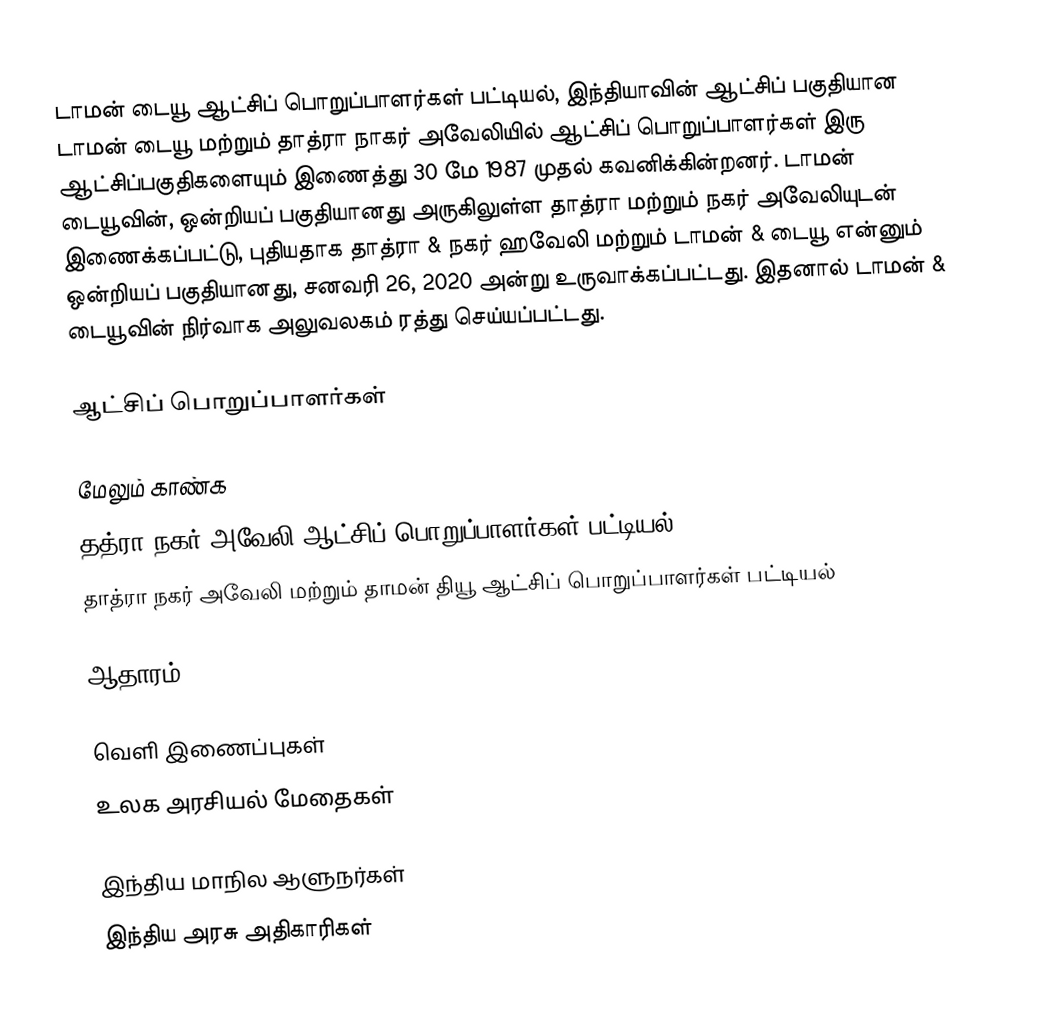
டாமன் டையூ ஆட்சிப் பொறுப்பாளர்கள் பட்டியல், இந்தியாவின் ஆட்சிப் பகுதியான டாமன் டையூ மற்றும் தாத்ரா நாகர் அவேலியில் ஆட்சிப் பொறுப்பாளர்கள் இரு ஆட்சிப்பகுதிகளையும் இணைத்து 30 மே 1987 முதல் கவனிக்கின்றனர். டாமன் டையூவின், ஒன்றியப் பகுதியானது அருகிலுள்ள தாத்ரா மற்றும் நகர் அவேலியுடன் இணைக்கப்பட்டு, புதியதாக தாத்ரா & நகர் ஹவேலி மற்றும் டாமன் & டையூ என்னும் ஒன்றியப் பகுதியானது, சனவரி 26, 2020 அன்று உருவாக்கப்பட்டது. இதனால் டாமன் & டையூவின் நிர்வாக அலுவலகம் ரத்து செய்யப்பட்டது.

ஆட்சிப் பொறுப்பாளர்கள்

மேலும் காண்க
 தத்ரா நகர் அவேலி ஆட்சிப் பொறுப்பாளர்கள் பட்டியல்
 தாத்ரா நகர் அவேலி மற்றும் தாமன் தியூ ஆட்சிப் பொறுப்பாளர்கள் பட்டியல்

ஆதாரம்

வெளி இணைப்புகள்
 உலக அரசியல் மேதைகள்

இந்திய மாநில ஆளுநர்கள்
இந்திய அரசு அதிகாரிகள்